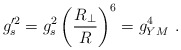
\begin{align*}g_s'^2=g_s^2 \left({{R}_{\perp} \over{R}}\right)^6= g_{YM}^4 \ .\end{align*}